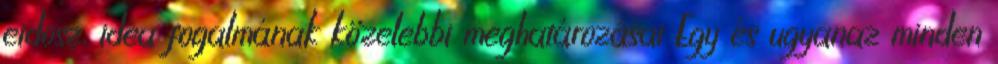
eidosz, idea fogalmának közelebbi meghatározásai Egy és ugyanaz minden